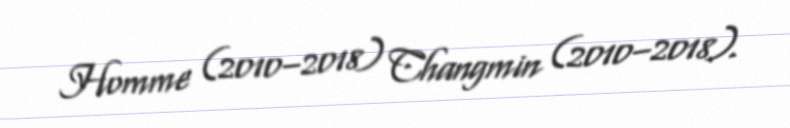
Homme (2010–2018) Changmin (2010–2018).